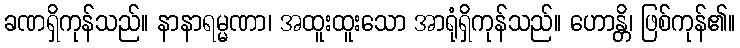
ခဏရှိကုန်သည်။ နာနာရမ္မဏာ၊ အထူးထူးသော အာရုံရှိကုန်သည်။ ဟောန္တိ၊ ဖြစ်ကုန်၏။